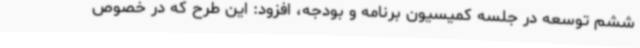
ششم توسعه در جلسه کمیسیون برنامه و بودجه، افزود: این طرح که در خصوص